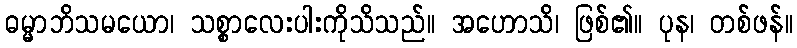
ဓမ္မာဘိသမယော၊ သစ္စာလေးပါးကိုသိသည်။ အဟောသိ၊ ဖြစ်၏။ ပုန၊ တစ်ဖန်။